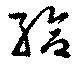
給